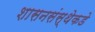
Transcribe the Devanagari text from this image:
शासनसंस्थेकडे